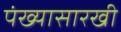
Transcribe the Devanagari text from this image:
पंख्यासारखी